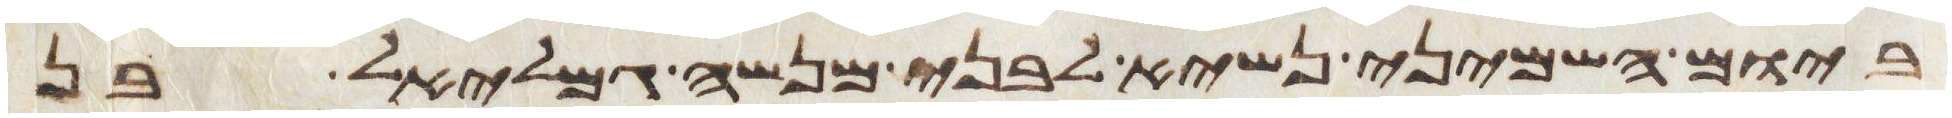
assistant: ביום השמיני נשיא לבני מנשה גמלאל בן